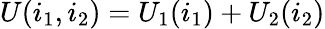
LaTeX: U(i_{1},i_{2})=U_{1}(i_{1})+U_{2}(i_{2})